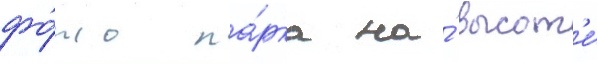
фо́то па́рка на́ высот'е́